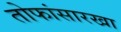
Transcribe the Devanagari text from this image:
तोफांसारखा